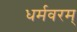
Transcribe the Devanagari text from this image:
धर्मवरम्